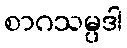
စာဂသမ္ပဒါ